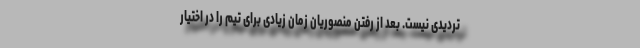
تردیدی نیست. بعد از رفتن منصوریان زمان زیادی برای تیم را در اختیار